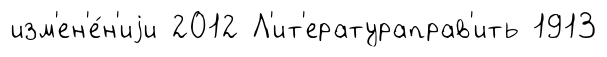
изм'ен'е́н'иjи 2012 Л'ит'ератураправ'ить 1913